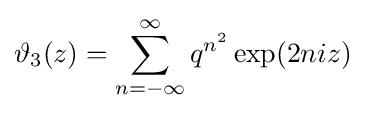
\vartheta _{3}(z)=\sum _{n=-\infty }^{\infty }q^{n^{2}}\exp(2niz)